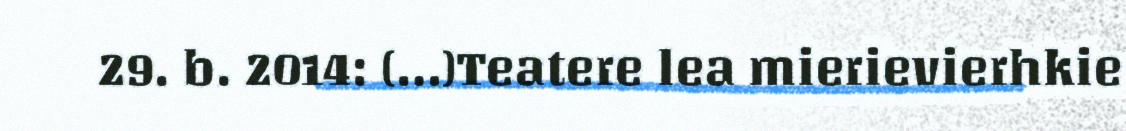
29. b. 2014: (…)Teatere lea mierievierhkie